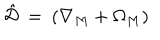
\hat { \mathcal { D } } \: = \: ( \nabla _ { M } + \Omega _ { M } )